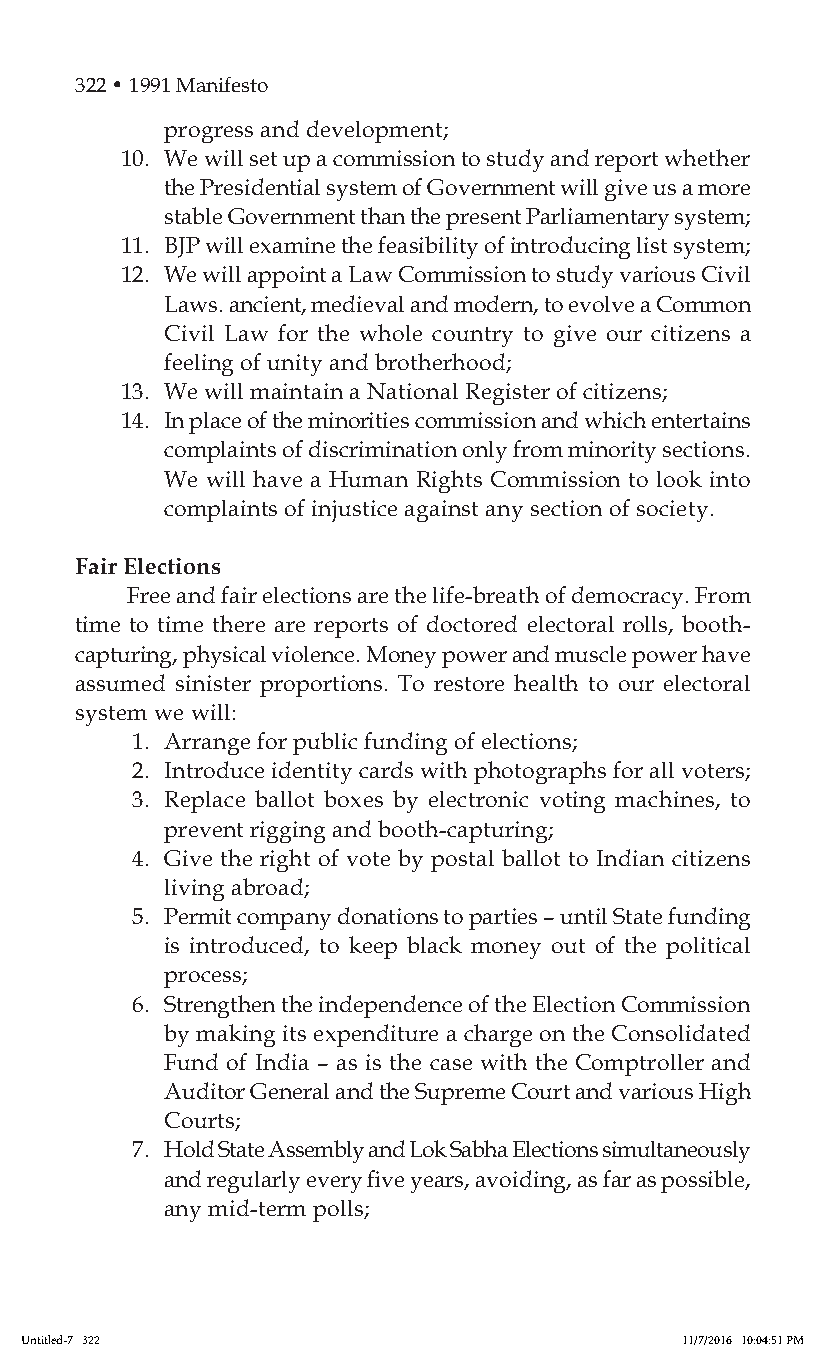
322 • 1991 Manifesto
 progress and development;
 10. We will set up a commission to study and report whether
 the Presidential system of Government will give us a more
 stable Government than the present Parliamentary system;
 11. BJP will examine the feasibility of introducing list system;
 12. We will appoint a Law Commission to study various Civil
 Laws. ancient, medieval and modern, to evolve a Common
 Civil Law for the whole country to give our citizens a
 feeling of unity and brotherhood;
 13. We will maintain a National Register of citizens;
 14. In place of the minorities commission and which entertains
 complaints of discrimination only from minority sections.
 We will have a Human Rights Commission to look into
 complaints of injustice against any section of society.
 Fair Elections
 Free and fair elections are the life-breath of democracy. From
 time to time there are reports of doctored electoral rolls, booth-
 capturing, physical violence. Money power and muscle power have
 assumed sinister proportions. To restore health to our electoral
 system we will:
 1. Arrange for public funding of elections;
 2. Introduce identity cards with photographs for all voters;
 3. Replace ballot boxes by electronic voting machines, to
 prevent rigging and booth-capturing;
 4. Give the right of vote by postal ballot to Indian citizens
 living abroad;
 5. Permit company donations to parties – until State funding
 is introduced, to keep black money out of the political
 process;
 6. Strengthen the independence of the Election Commission
 by making its expenditure a charge on the Consolidated
 Fund of India – as is the case with the Comptroller and
 Auditor General and the Supreme Court and various High
 Courts;
 7. Hold State Assembly and Lok Sabha Elections simultaneously
 and regularly every five years, avoiding, as far as possible,
 any mid-term polls;
 Untitled-7 322                              11/7/2016 10:04:51 PM